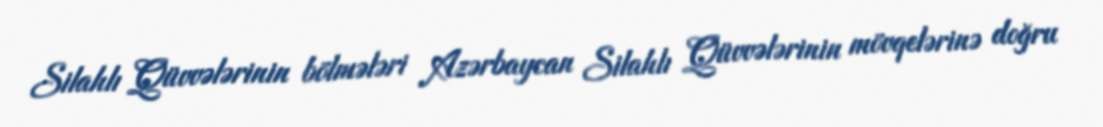
Silahlı Qüvvələrinin bölmələri Azərbaycan Silahlı Qüvvələrinin mövqelərinə doğru